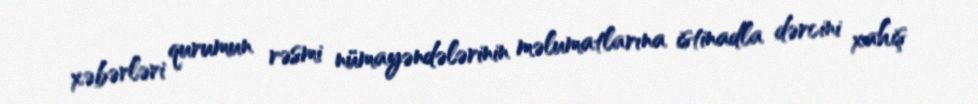
xəbərləri qurumun rəsmi nümayəndələrinin məlumatlarına istinadla dərcini xahiş